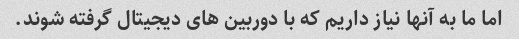
اما ما به آنها نیاز داریم که با دوربین های دیجیتال گرفته شوند.